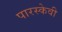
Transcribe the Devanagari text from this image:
पारस्केवी